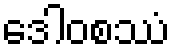
ဒေါဝစဿံ